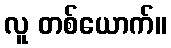
လူ တစ်ယောက်။